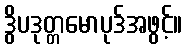
ဒွိပဒုတ္တမောပုဒ်အဖွင့်။